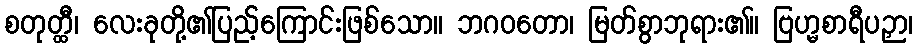
စတုတ္ထီ၊ လေးခုတို့၏ပြည့်ကြောင်းဖြစ်သော။ ဘဂဝတော၊ မြတ်စွာဘုရား၏။ ဗြဟ္မစာရီပဉှာ၊